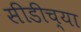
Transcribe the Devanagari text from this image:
सीडीच्या